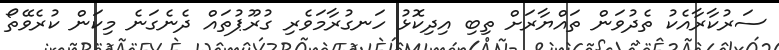
ސަރުކާރާއެކު ތެދުވަން ތައްޔާރަށް ތިބި އިދިކޮޅު ހަނގުރާމަވެރި ގުރޫޕުތައް ދެނެގަނެ މިކަން ކުރެވޭތޯ